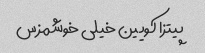
پیتزا کویین خیلی خوشمزس